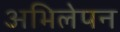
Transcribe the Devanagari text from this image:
अभिलेपन